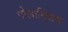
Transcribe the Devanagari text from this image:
पोलाद्सिंग